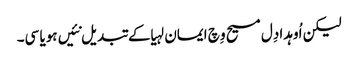
لیکن اُوہدا دِل مسیح وِچ ایمان لہیا کے تبدیل نئیں ہویا سی۔